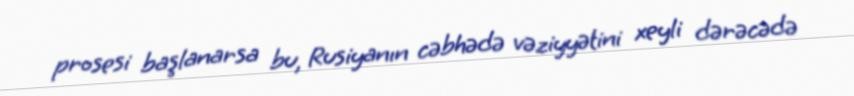
prosesi başlanarsa bu, Rusiyanın cəbhədə vəziyyətini xeyli dərəcədə